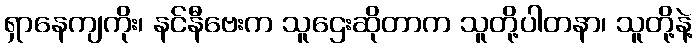
ရှာနေကျကိုး၊ နင်နီဗေးက သူဌေးဆိုတာက သူတို့ပါတနာ၊ သူတို့နဲ့